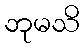
ဘုမသိ